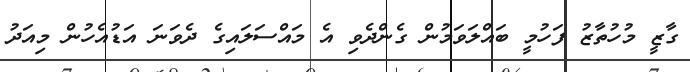
ގާޒީ މުހުތާޒު ފަހުމީ ބައްލަވަމުން ގެންދެވި އެ މައްސަލައިގެ ދެވަނަ އަޑުއެހުން މިއަދު